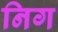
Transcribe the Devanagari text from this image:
निग